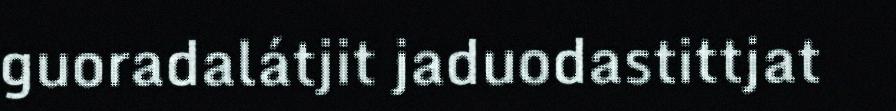
guoradalátjit jaduodastittjat